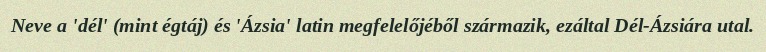
Neve a 'dél' (mint égtáj) és 'Ázsia' latin megfelelőjéből származik, ezáltal Dél-Ázsiára utal.